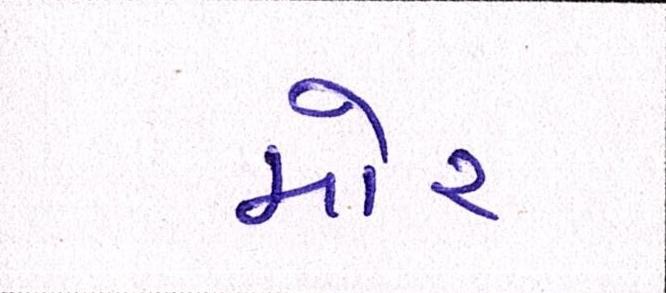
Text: મોર